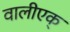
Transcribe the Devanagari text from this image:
वालीएक्